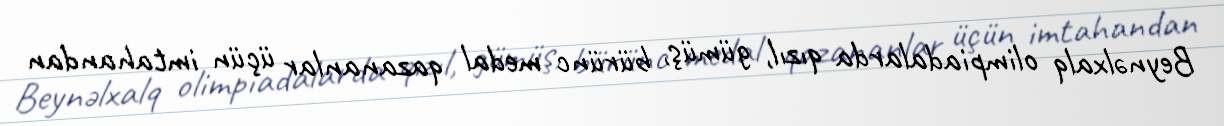
Beynəlxalq olimpiadalarda qızıl, gümüş, bürünc medal qazananlar üçün imtahandan